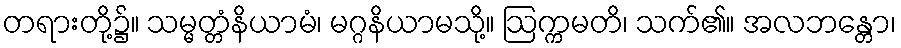
တရားတို့၌။ သမ္မတ္တံနိယာမံ၊ မဂ္ဂနိယာမသို့။ ဩက္ကမတိ၊ သက်၏။ အလဘန္တော၊